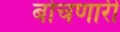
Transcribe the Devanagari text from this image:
बोचणारी